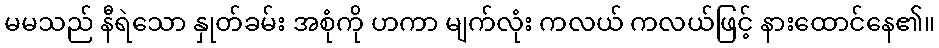
မမသည် နီရဲသော နှုတ်ခမ်း အစုံကို ဟကာ မျက်လုံး ကလယ် ကလယ်ဖြင့် နားထောင်နေ၏။